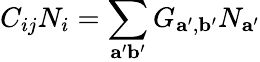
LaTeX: C_{ij}N_{i}=\sum_{\mathbf{a^{\prime}b^{\prime}}}G_{\mathbf{a^{\prime}},\mathbf{b^{\prime}}}N_{\mathbf{a^{\prime}}}